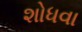
શોધવા